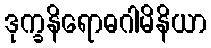
ဒုက္ခနိရောဓဂါမိနိယာ